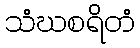
သံဃစရိတံ